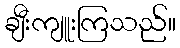
ချီးကျူးကြသည်။